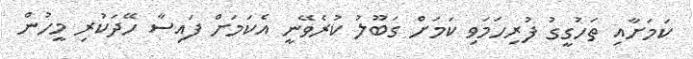
ކަމަށާއި ތަހުގީގު ފުރިހަމަވި ކަމަށް ގަބޫލު ކުރެވޭނީ އެކަމަށް ފައިސާ ހޭދަކުރި މީހުން